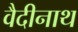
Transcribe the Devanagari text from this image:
वैदीनाथ